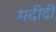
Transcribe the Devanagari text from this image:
मदीदी